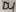
Text: D4